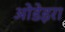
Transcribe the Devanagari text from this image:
ओडेइरा